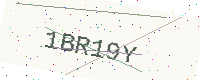
Text: 1BR19Y